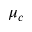
\mu _ { c }